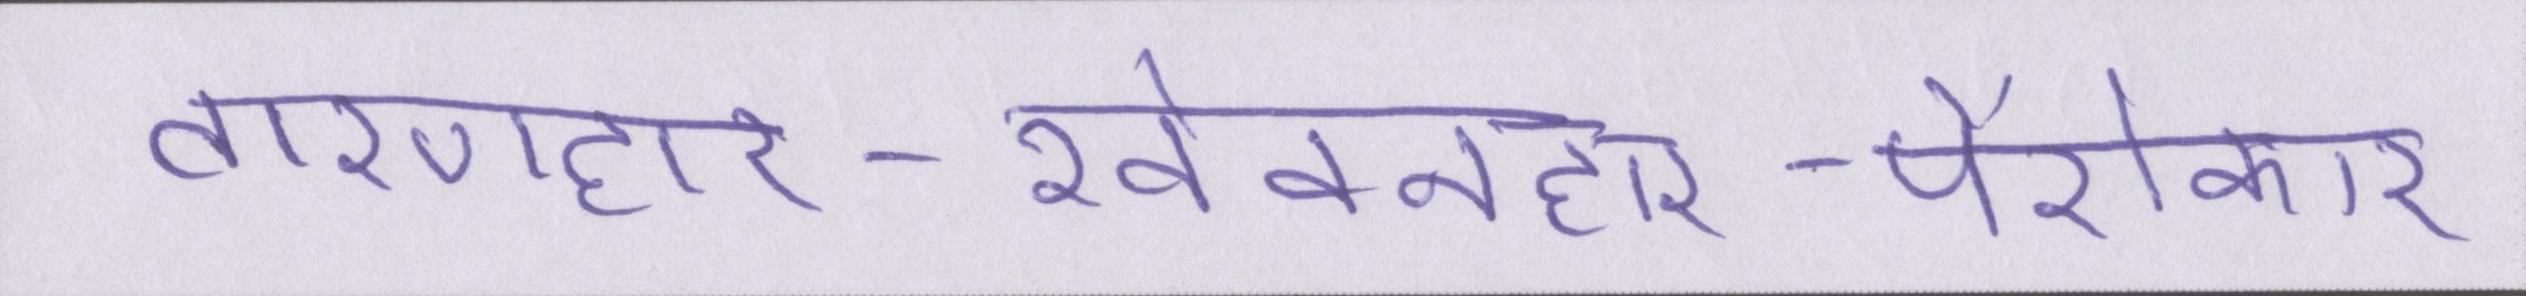
तारणहार-खेवनहार-पैरोकार